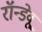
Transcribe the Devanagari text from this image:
रॉन्डेवू